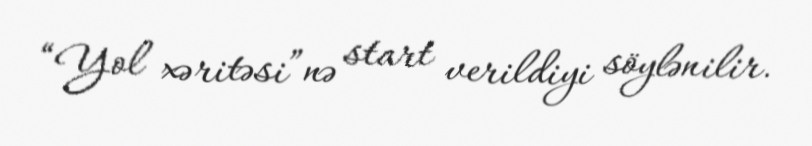
“Yol xəritəsi”nə start verildiyi söylənilir.